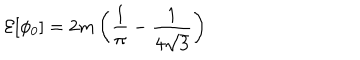
{ \cal E } [ \phi _ { 0 } ] = 2 m \left( \frac { 1 } { \pi } - \frac { 1 } { 4 \sqrt { 3 } } \right)